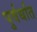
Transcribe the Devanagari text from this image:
पुर्वर्धात